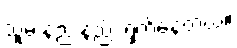
သူမ နည်းနည်း ရှက်နေတယ်။